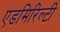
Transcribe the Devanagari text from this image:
एडमिरिल्टी